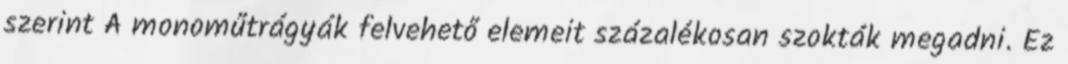
szerint A monoműtrágyák felvehető elemeit százalékosan szokták megadni. Ez